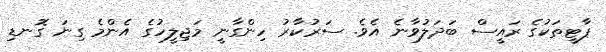
ޕާޓީތަކުގެ ރައީސް ބަދަލުވާނެ އެވެ. ސަރުކާރު ހިންގާނީ މަޖިލީހުގެ އެންމެ ގިނަ ގޮނޑި